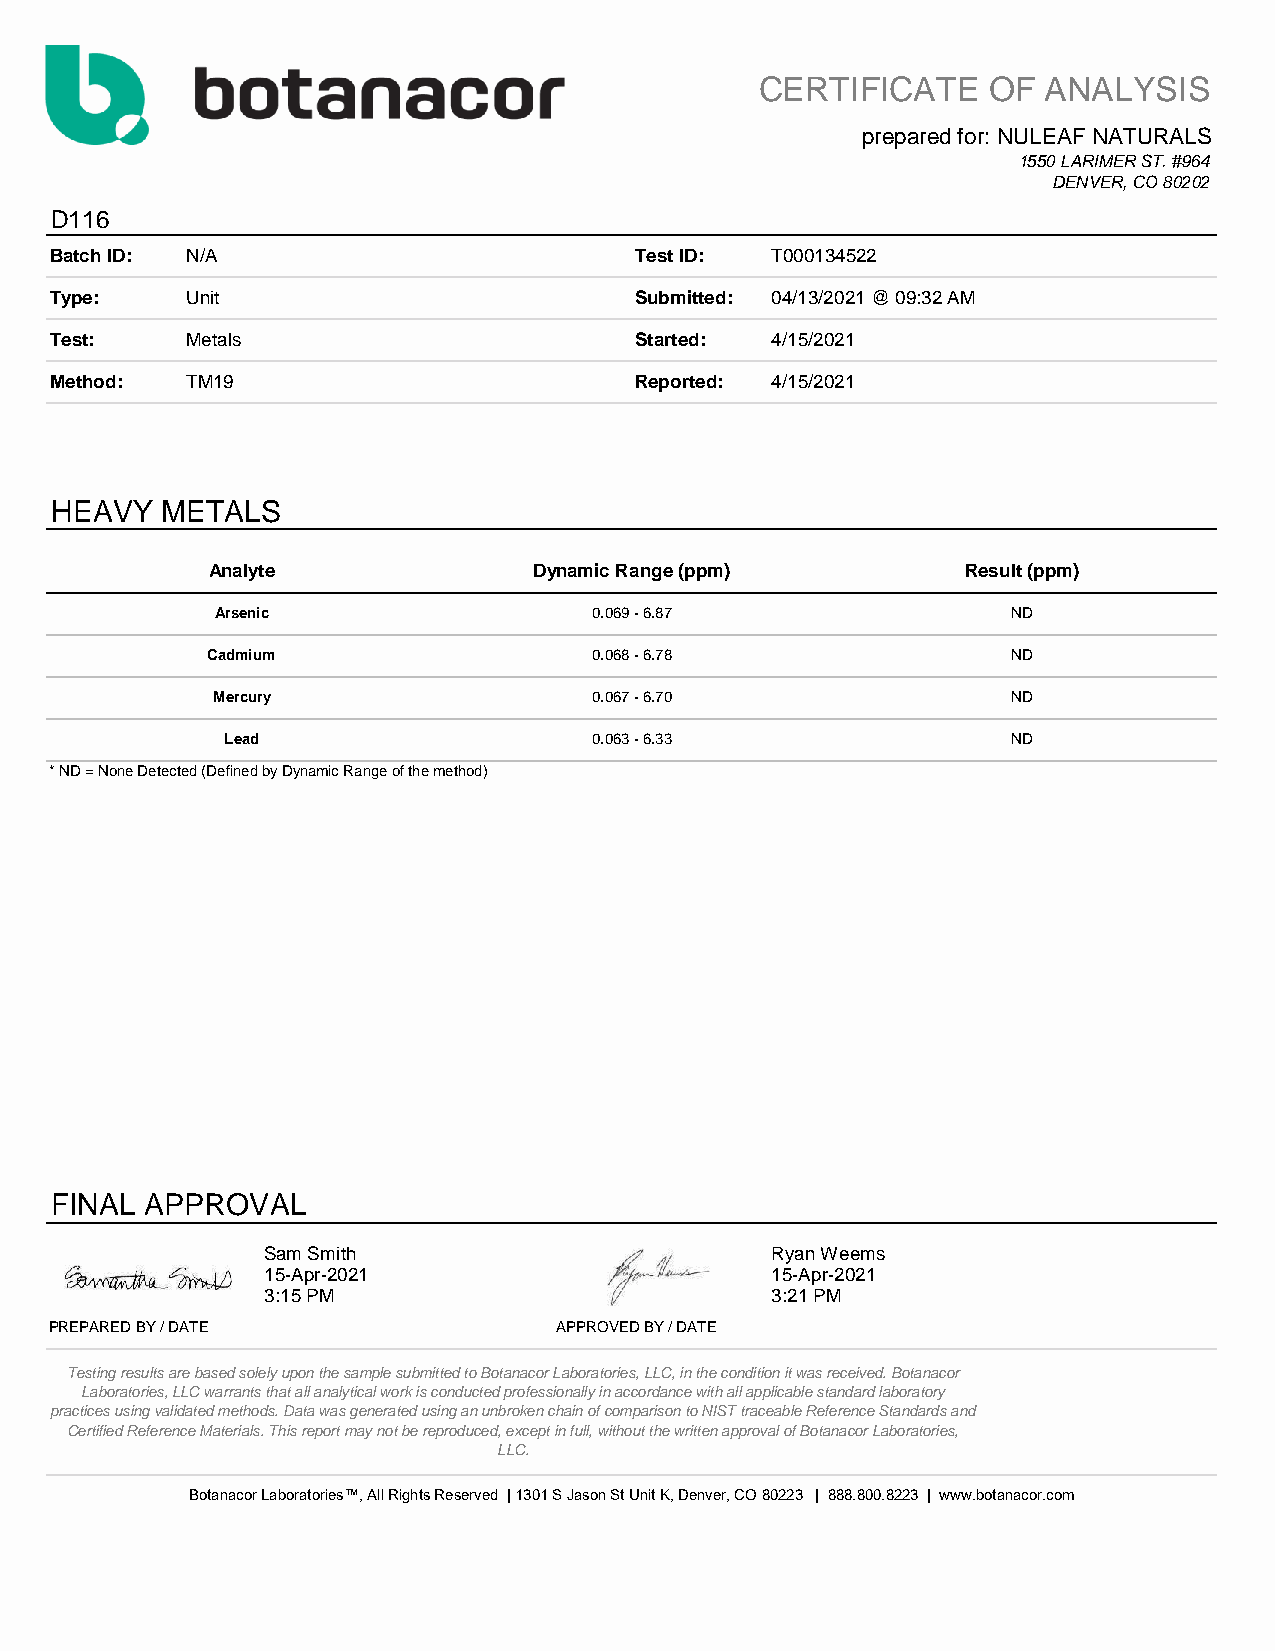
CERTIFICATE    OF  ANALYSIS
 prepared for: NULEAF NATURALS
 1550 LARIMER ST. #964
 DENVER, CO 80202
 D116
 Batch ID: N/A                          Test ID: T000134522
 Type:    Unit                          Submitted: 04/13/2021 @ 09:32 AM
 Test:    Metals                        Started: 4/15/2021
 Method:  TM19                          Reported: 4/15/2021
 HEAVY   METALS
 Analyte              Dynamic Range (ppm)          Result (ppm)
 Arsenic                  0.069 - 6.87                ND
 Cadmium                  0.068 - 6.78                ND
 Mercury                  0.067 - 6.70                ND
 Lead                    0.063 - 6.33                ND
 * ND = None Detected (Defined by Dynamic Range of the method)
 FINAL  APPROVAL
 Sam Smith                         Ryan Weems
 15-Apr-2021                       15-Apr-2021
 3:15 PM                           3:21 PM
 PREPARED BY / DATE                APPROVED BY / DATE
 Testing results are based solely upon the sample submitted to Botanacor Laboratories, LLC, in the condition it was received. Botanacor
 Laboratories, LLC warrants that all analytical work is conducted professionally in accordance with all applicable standard laboratory
 practices using validated methods. Data was generated using an unbroken chain of comparison to NIST traceable Reference Standards and
 Certified Reference Materials. This report may not be reproduced, except in full, without the written approval of Botanacor Laboratories,
 LLC.
 Botanacor Laboratories™, All Rights Reserved | 1301 S Jason St Unit K, Denver, CO 80223 | 888.800.8223 | www.botanacor.com